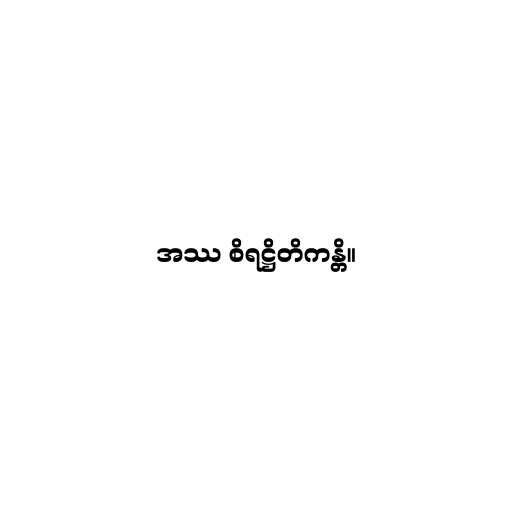
အဿ စိရဋ္ဌိတိကန္တိ။